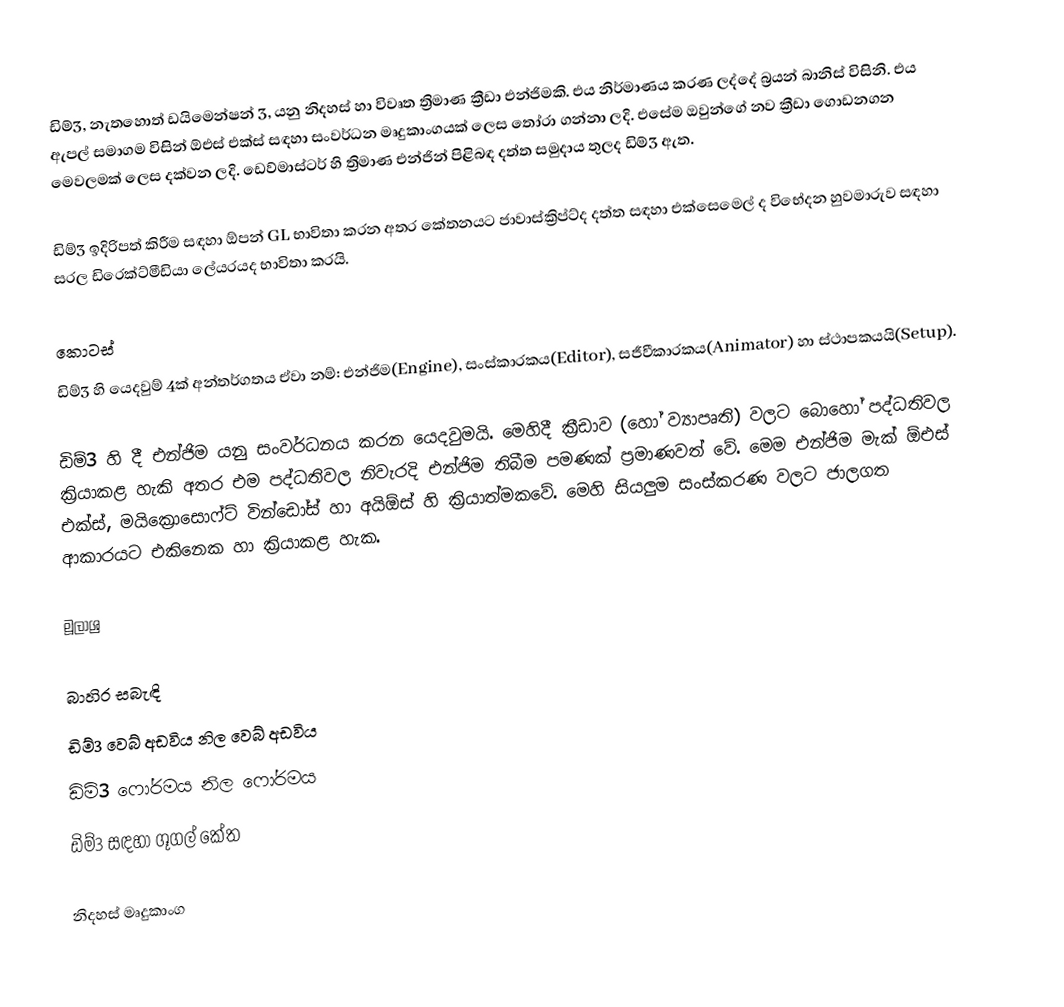
ඩිම්3, නැතහොත් ඩයිමෙන්ෂන් 3, යනු නිදහස් හා විවෘත ත්‍රිමාණ ක්‍රීඩා එන්ජිමකි. එය නිර්මාණය කරණ ලද්දේ බ්‍රයන් බානිස් විසිනි. එය ඇපල් සමාගම විසින් ඕඑස් එක්ස් සඳහා සංවර්ධන මෘදුකාංගයක් ලෙස තෝරා ගන්නා ලදි. එසේම ඔවුන්ගේ නව ක්‍රීඩා ගොඩනගන මෙවලමක් ලෙස දක්වන ලදි. ඩෙව්මාස්ටර් හි ත්‍රිමාණ එන්ජින් පිළිබඳ දත්ත සමුදාය තුලද ඩිම්3 ඇත.

ඩිම්3 ඉදිරිපත් කිරීම සඳහා ඕපන් GL භාවිතා කරන අතර කේතනයට ජාවාස්ක්‍රිප්ට්ද දත්ත සඳහා එක්සෙමෙල් ද විභේදන හුවමාරුව සඳහා සරල ඩිරෙක්ට්මීඩියා ලේයරයද භාවිතා කරයි.

කොටස්
ඩිම්3 හි යෙදවුම් 4ක් අන්තර්ගතය ඒවා නම්: එන්ජිම(Engine), සංස්කාරකය(Editor), සජීවීකාරකය(Animator) හා ස්ථාපකයයි(Setup).

ඩිම්3 හි දී එන්ජිම යනු සංවර්ධනය කරන යෙදවුමයි. මෙහිදී ක්‍රීඩාව (හෝ ව්‍යාපෘති) වලට බොහෝ පද්ධතිවල ක්‍රියාකළ හැකි අතර එම පද්ධතිවල නිවැරදි එන්ජිම තිබීම පමණක් ප්‍රමාණවත් වේ. මෙම එන්ජිම මැක් ඕඑස් එක්ස්, මයික්‍රොසොෆ්ට් වින්ඩෝස් හා අයිඕස් හි ක්‍රියාත්මකවේ. මෙහි සියලුම සංස්කරණ වලට ජාලගත ආකාරයට එකිනෙක හා ක්‍රියාකළ හැක.

මූලාශ්‍ර

බාහිර සබැඳි
 ඩිම්3 වෙබ් අඩවිය නිල වෙබ් අඩවිය
 ඩිම්3 ෆෝරමය නිල ෆෝරමය
 ඩිම්3 සඳහා ගූගල් කේත

නිදහස් මෘදුකාංග